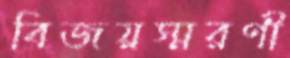
বিজয়স্মরণী